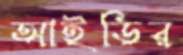
আইডির